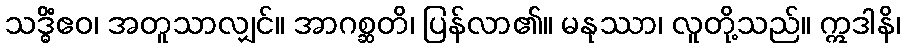
သဒ္ဓိံဧဝ၊ အတူသာလျှင်။ အာဂစ္ဆတိ၊ ပြန်လာ၏။ မနုဿာ၊ လူတို့သည်။ ဣဒါနိ၊